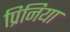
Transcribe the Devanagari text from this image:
प्रिनिया